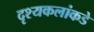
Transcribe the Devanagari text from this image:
दृश्यकलांकडे